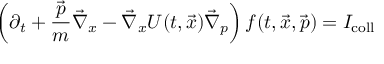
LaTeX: \left( \partial _ { t } + { \frac { \vec { p } } { m } } \vec { \nabla } _ { x } - \vec { \nabla } _ { x } U ( t , \vec { x } ) \vec { \nabla } _ { p } \right) f ( t , \vec { x } , \vec { p } ) = I _ { \mathrm { c o l l } }